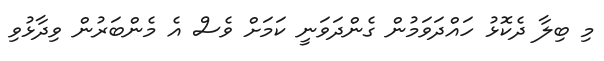
މި ބިލާ ދެކޮޅު ހައްދަވަމުން ގެންދަވަނީ ކަމަށް ވެސް އެ މެންބަރުން ވިދާޅުވި